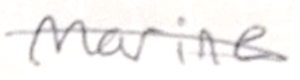
Text: marine
Cross-out: diagonal
Writing tool: pencil